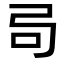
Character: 𫸧